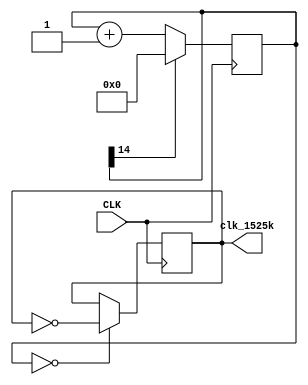
`timescale 1ns / 1ps
//////////////////////////////////////////////////////////////////////////////////
// Company: 
// Engineer: 
// 
// Design Name: 
// Module Name: clk_div_100kHz
// Project Name: 
// Target Devices: 
// Tool Versions: 
// Description: 
// 
// Dependencies: 
// 
// Revision:
// Revision 0.01 - File Created
// Additional Comments:
// 
//////////////////////////////////////////////////////////////////////////////////


module clk_div_1525kHz(input CLK, output reg clk_1525k = 0);
    reg [14:0] counter = 0;
    always @ (posedge CLK) begin
        counter <= (counter[14] == 1) ? 0 :counter + 1;
        clk_1525k <= (counter == 0) ? ~clk_1525k : clk_1525k;
    end
endmodule